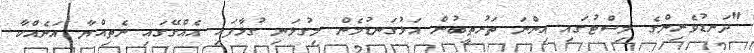
"ދަނޑުވެރިންގެ ލިސްޓުގައި އިންނަ ތަރުތީބުން އަޅުގަނޑުމެން މިގުޅަނި ގުޅާފައި އެއްގޭގައި ނެތިއްޔާ އަނެއްކާ